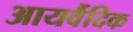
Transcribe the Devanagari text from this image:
आयर्वैदिक